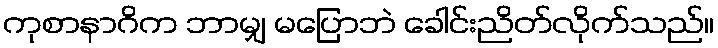
ကုစာနာဂိက ဘာမျှ မပြောဘဲ ခေါင်းညိတ်လိုက်သည်။